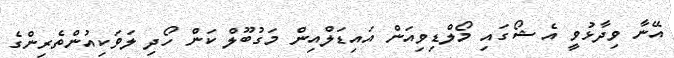
އޭނާ ވިދާޅުވީ އެ ޝޯގައި މޯލްޑިވިއަން އައިޑަލްއިން މަގުބޫލް ކަން ހޯދި ލަވަކިއުންތެރިންގެ